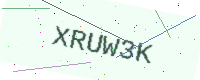
Text: XRUW3K